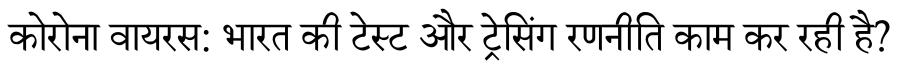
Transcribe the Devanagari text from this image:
कोरोना वायरस: भारत की टेस्ट और ट्रेसिंग रणनीति काम कर रही है?